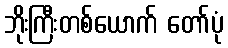
ဘိုးကြီးတစ်ယောက် တော်ပုံ